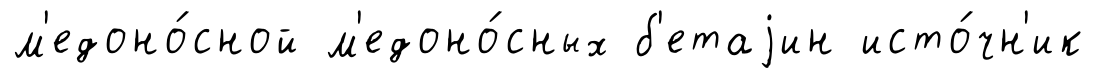
м'едоно́сной м'едоно́сных б'етаjин исто́чн'ик